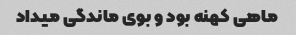
ماهی کهنه بود و بوی ماندگی میداد